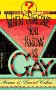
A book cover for WHEN SOMEONE YOU KNOW IS GAY (High Scholl Help Line); Daniel Cohen; Teen & Young Adult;